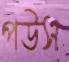
পউস